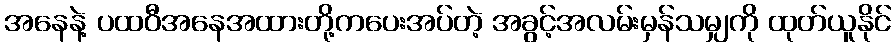
အနေနဲ့ ပထဝီအနေအထားတို့ကပေးအပ်တဲ့ အခွင့်အလမ်းမှန်သမျှကို ထုတ်ယူနိုင်